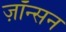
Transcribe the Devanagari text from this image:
ज़ॉन्सन